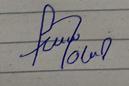
Signature authenticity: forged